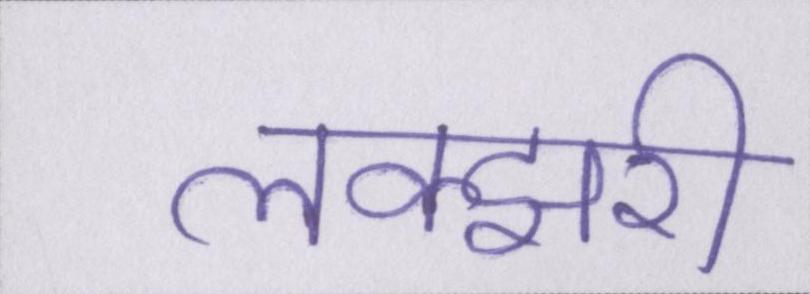
लक्झरी